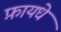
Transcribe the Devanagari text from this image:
फ़ायधे